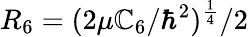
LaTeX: R_{6}=(2\mu\mathbb{C}_{6}/\hbar^{2})^{\frac{{1}}{{4}}}/2